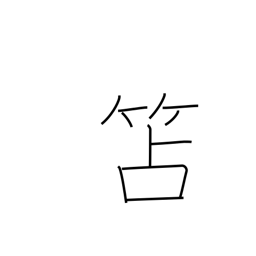
Meaning: wooden writing slate